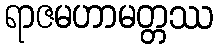
ရာဇမဟာမတ္တဿ